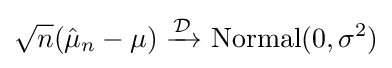
{\sqrt {n}}({\hat {\mu }}_{n}-\mu )\ {\xrightarrow {\mathcal {D}}}\ {\text{Normal}}(0,\sigma ^{2})